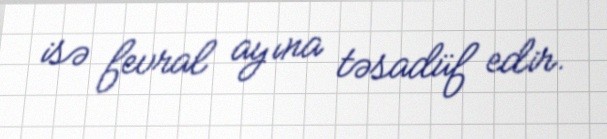
isə fevral ayına təsadüf edir.